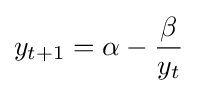
y_{t+1}=\alpha -{\frac {\beta }{y_{t}}}